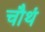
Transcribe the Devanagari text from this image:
चौथं